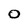
Character: 0